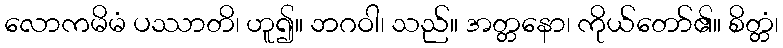
လောကမိမံ ပဿာတိ၊ ဟူ၍။ ဘဂဝါ၊ သည်။ အတ္တနော၊ ကိုယ်တော်၏။ စိတ္တံ၊